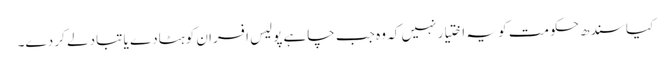
کیا سندھ حکومت کو یہ اختیار نہیں کہ وہ جب چاہے پولیس افسران کو ہٹادے یا تبادلے کر دے۔